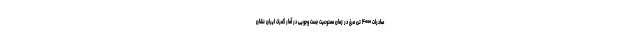
صادرات ۴۰۰۰ تن مرغ در زمان ممنوعیت جست وجویی در آمار گمرک ایران نشان